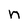
Character: n